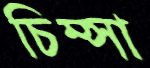
চিম্‌সা